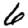
Digit: 6